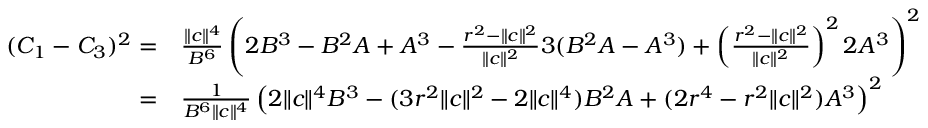
\begin{array} { r l } { ( C _ { 1 } - C _ { 3 } ) ^ { 2 } = } & { \frac { \| c \| ^ { 4 } } { B ^ { 6 } } \left( 2 B ^ { 3 } - B ^ { 2 } A + A ^ { 3 } - \frac { r ^ { 2 } - \| c \| ^ { 2 } } { \| c \| ^ { 2 } } 3 ( B ^ { 2 } A - A ^ { 3 } ) + \left( \frac { r ^ { 2 } - \| c \| ^ { 2 } } { \| c \| ^ { 2 } } \right) ^ { 2 } 2 A ^ { 3 } \right) ^ { 2 } } \\ { = } & { \frac { 1 } { B ^ { 6 } \| c \| ^ { 4 } } \left( 2 \| c \| ^ { 4 } B ^ { 3 } - ( 3 r ^ { 2 } \| c \| ^ { 2 } - 2 \| c \| ^ { 4 } ) B ^ { 2 } A + ( 2 r ^ { 4 } - r ^ { 2 } \| c \| ^ { 2 } ) A ^ { 3 } \right) ^ { 2 } } \end{array}